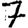
Digit: 7